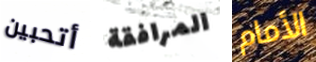
أتحبين المرافقة الأمام